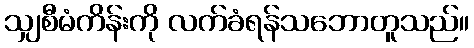
သျှစီမံကိန်းကို လက်ခံရန်သဘောတူသည်။